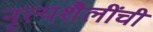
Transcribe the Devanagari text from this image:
नृत्यशैलींची